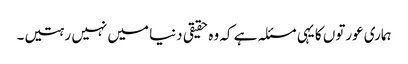
ہماری عورتوں کا یہی مسئلہ ہے کہ وہ حقیقی دنیا میں نہیں رہتیں۔